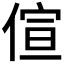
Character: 𠊿